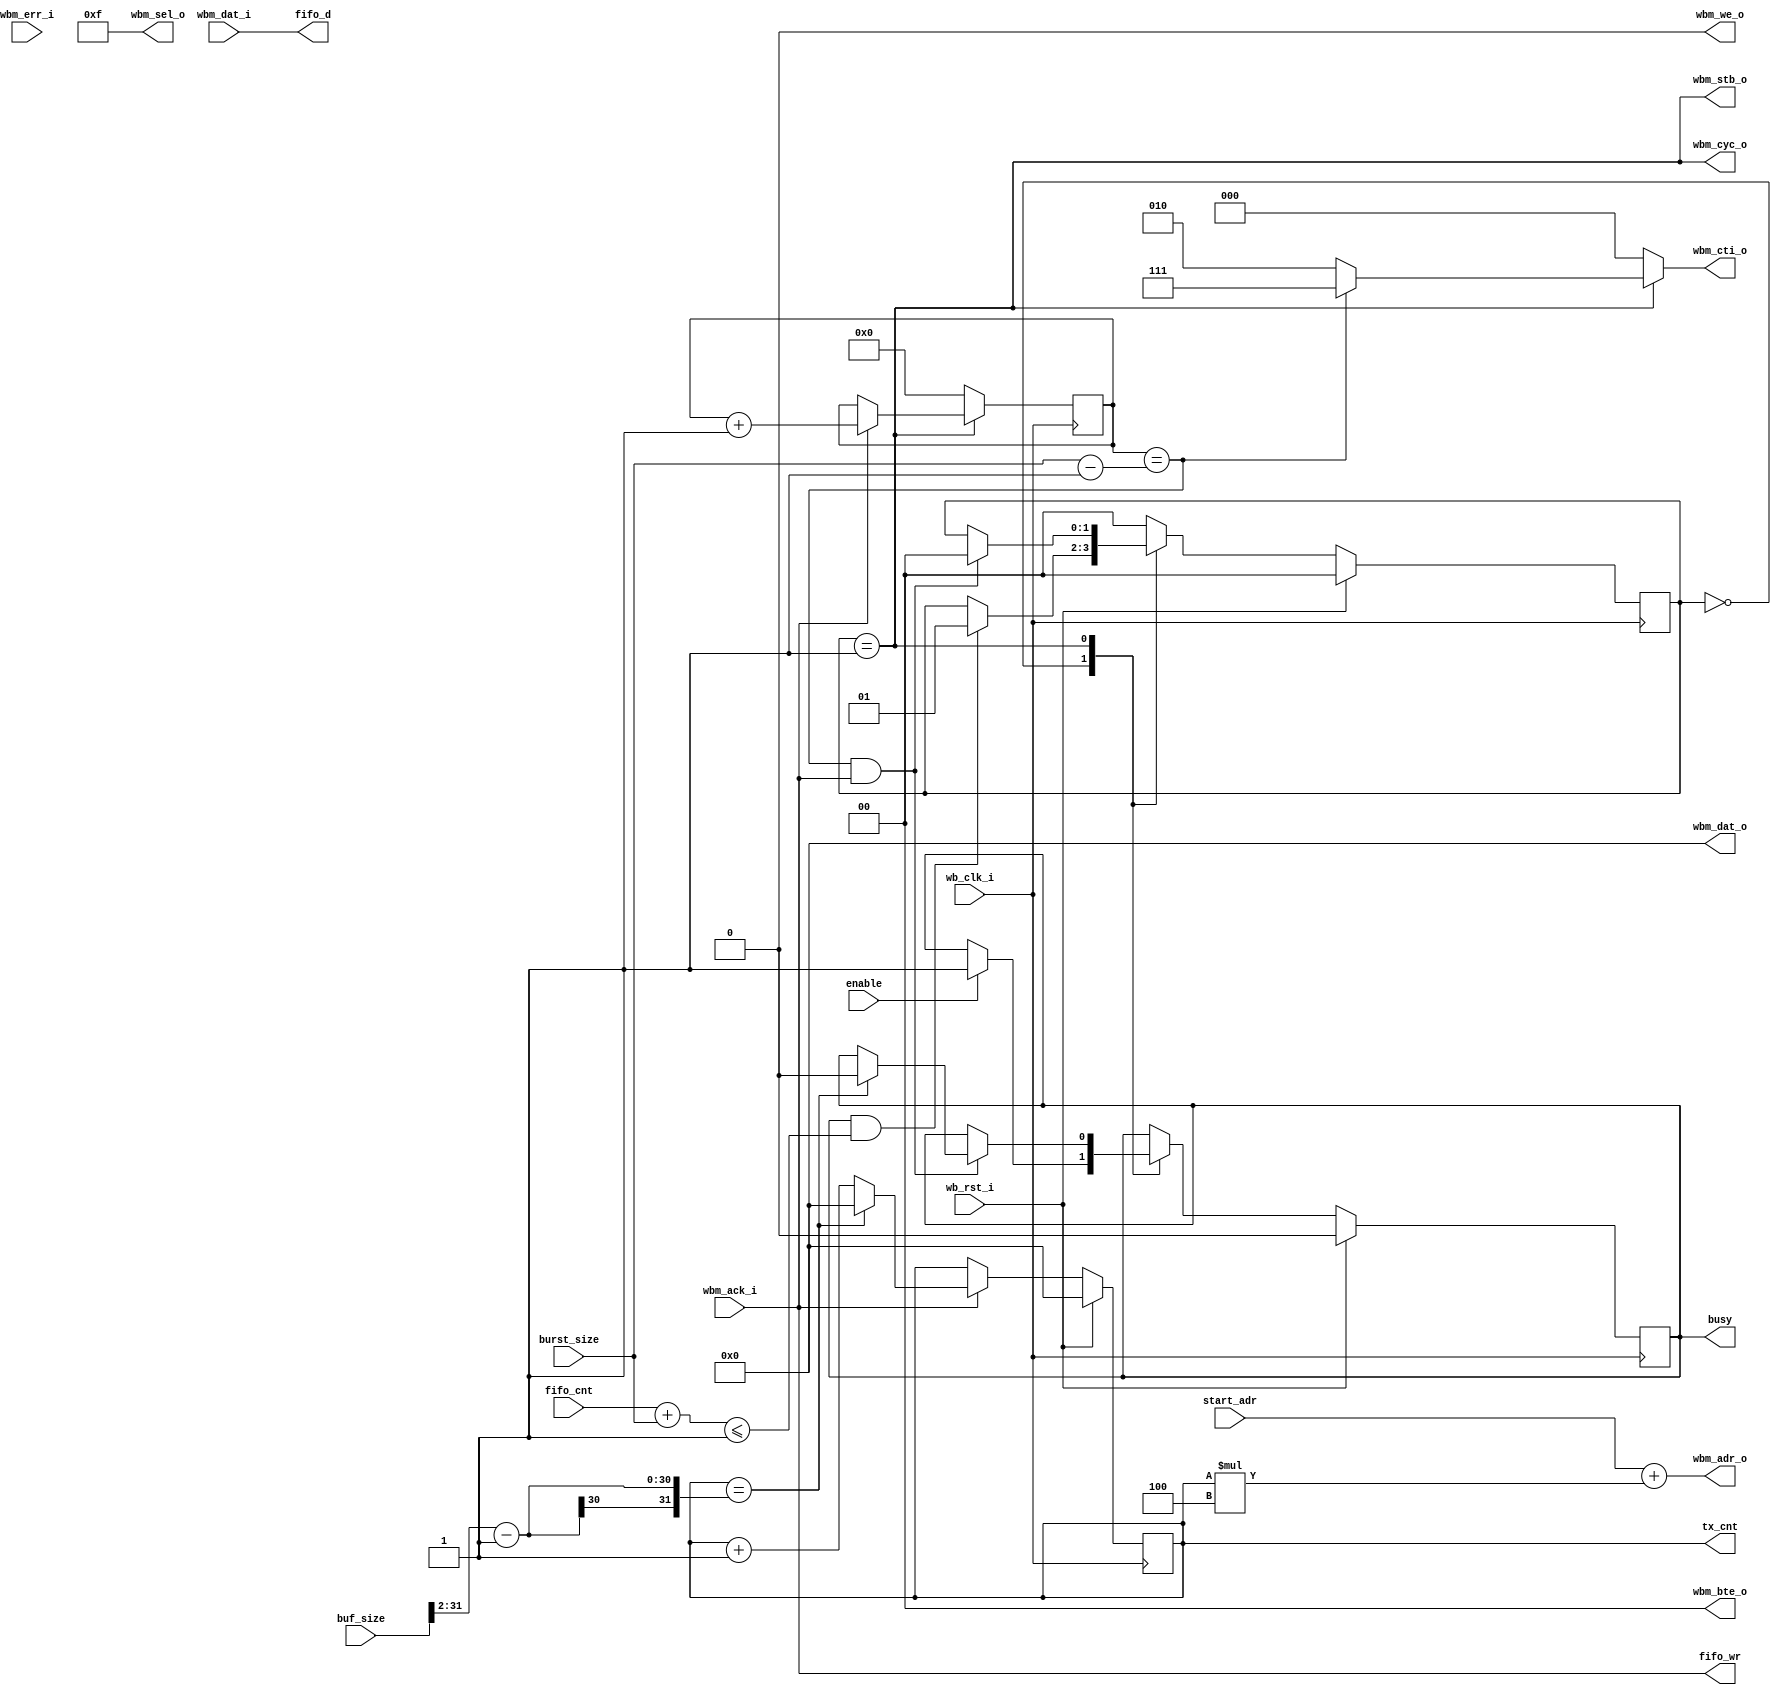
module wb_stream_writer_ctrl
  #(parameter WB_AW = 32,
    parameter WB_DW = 32,
    parameter FIFO_AW = 0,
    parameter MAX_BURST_LEN = 0)
  (//Stream data output
   input 		  wb_clk_i,
   input 		  wb_rst_i,
   output [WB_AW-1:0] 	  wbm_adr_o,
   output [WB_DW-1:0] 	  wbm_dat_o,
   output [WB_DW/8-1:0]   wbm_sel_o,
   output 		  wbm_we_o ,
   output 		  wbm_cyc_o,
   output 		  wbm_stb_o,
   output reg [2:0] 	  wbm_cti_o,
   output [1:0] 	  wbm_bte_o,
   input [WB_DW-1:0] 	  wbm_dat_i,
   input 		  wbm_ack_i,
   input 		  wbm_err_i,
   //FIFO interface
   output [WB_DW-1:0] 	  fifo_d,
   output 		  fifo_wr,
   input [FIFO_AW:0] 	  fifo_cnt,
   //Configuration interface
   output reg 		  busy,
   input 		  enable,
   output reg [WB_DW-1:0] tx_cnt,
   input [WB_AW-1:0] 	  start_adr,
   input [WB_AW-1:0] 	  buf_size,
   input [WB_AW-1:0] 	  burst_size);

   wire			    active;

   wire 		    timeout = 1'b0;
   reg 			    last_adr;
   reg [$clog2(MAX_BURST_LEN-1):0] burst_cnt;

   //FSM states
   localparam S_IDLE   = 0;
   localparam S_ACTIVE = 1;
   
   reg [1:0] 			      state;

   wire 			      burst_end = (burst_cnt == burst_size-1);
   wire fifo_ready = (fifo_cnt+burst_size <= 2**FIFO_AW);

   always @(active or burst_end) begin
      wbm_cti_o = !active     ? 3'b000 :
		  burst_end   ? 3'b111 :
		  3'b010; //LINEAR_BURST;
   end

   assign active = (state == S_ACTIVE);
   assign fifo_d = wbm_dat_i;
   assign fifo_wr = wbm_ack_i;

   assign wbm_sel_o = 4'hf;
   assign wbm_we_o = 1'b0;
   assign wbm_cyc_o = active;
   assign wbm_stb_o = active;
   assign wbm_bte_o = 2'b00;
   assign wbm_dat_o = {WB_DW{1'b0}};
   assign wbm_adr_o = start_adr + tx_cnt*4;

   always @(posedge wb_clk_i) begin
      //Address generation
      last_adr = (tx_cnt == buf_size[WB_AW-1:2]-1);
      if (wbm_ack_i)
	 if (last_adr)
	   tx_cnt <= 0;
	 else
	   tx_cnt <= tx_cnt+1;

      //Burst counter
      if(!active)
	burst_cnt <= 0;
      else
	if(wbm_ack_i)
	  burst_cnt <= burst_cnt + 1;
      
      //FSM
      case (state)
	S_IDLE : begin
	   if (busy & fifo_ready)
	     state <= S_ACTIVE;
	   if (enable)
	     busy <= 1'b1;
	end
	S_ACTIVE : begin
	   if (burst_end & wbm_ack_i) begin
	      state <= S_IDLE;
	      if (last_adr)
		busy <= 1'b0;
	   end
	end
	default : begin
	   state <= S_IDLE;
	end
      endcase // case (state)
      
      if(wb_rst_i) begin
	 state <= S_IDLE;
	 tx_cnt <= 0;
	 busy <= 1'b0;
      end
   end
   
endmodule